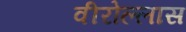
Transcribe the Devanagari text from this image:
वीरोल्लास